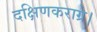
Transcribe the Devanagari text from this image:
दक्षिणकराग्रे।